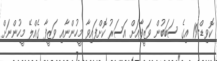
ކޮވިޑް-19 އިގެ ސަބަބުން ވަޒީފާއަށް އަސަރު ކޮށްފައިވާ މީހުންނާއި ވަޒީފާ ގެއްލޭ މީހުންނަށް